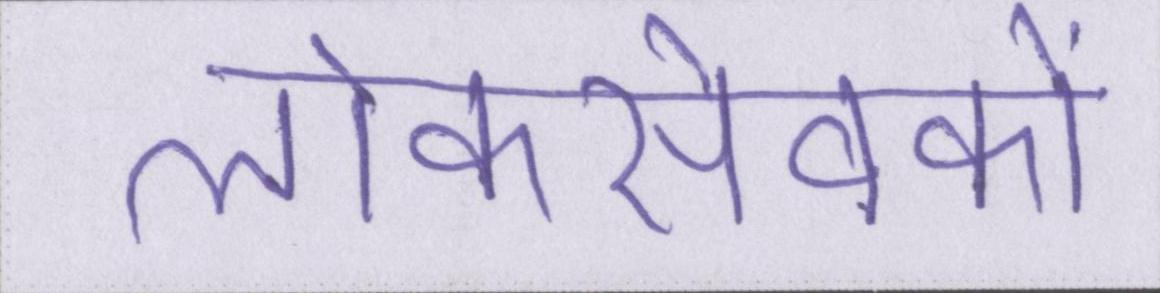
लोकसेवकों